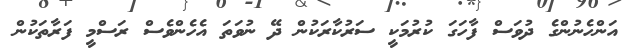
އަންހެނުންގެ ދުވަސް ފާހަގަ ކުރުމަކީ ސަރުކާރަކުން ދޭ ނުވަތަ އެހެންވެސް ރަސްމީ ފަރާތަކުން